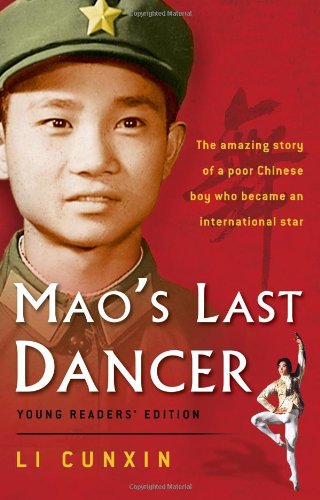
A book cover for Mao's Last Dancer, Young Readers' Edition; Li Cunxin; Teen & Young Adult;